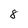
Character: 8